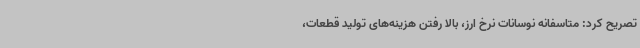
تصریح کرد: متاسفانه نوسانات نرخ ارز، بالا رفتن هزینه‌های تولید قطعات،